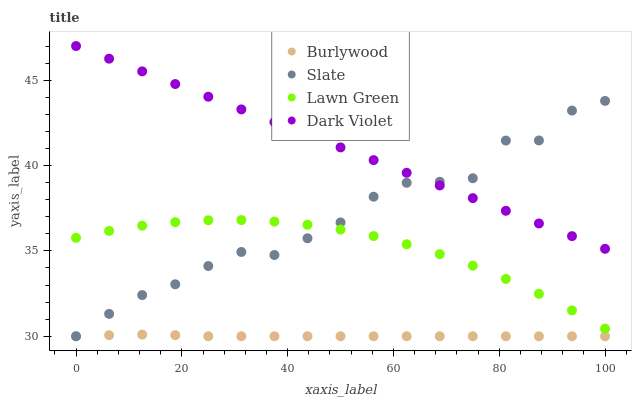
| xaxis_label | Burlywood | Slate | Lawn Green | Dark Violet |
 | --- | --- | --- | --- | --- |
 | 0 | 30 | 30 | 35.8 | 47 |
 | 6.25 | 30.1 | 31.3 | 36.2 | 46.3 |
 | 12.5 | 30.1 | 32.4 | 36.5 | 45.5 |
 | 18.8 | 30.1 | 33 | 36.7 | 44.8 |
 | 25 | 30 | 34.1 | 36.8 | 44 |
 | 31.2 | 30 | 34.9 | 36.8 | 43.3 |
 | 37.5 | 30 | 34.8 | 36.7 | 42.5 |
 | 43.8 | 30 | 35.7 | 36.5 | 41.8 |
 | 50 | 30 | 36.7 | 36.2 | 41.1 |
 | 56.2 | 30 | 38.2 | 35.9 | 40.3 |
 | 62.5 | 30 | 39 | 35.4 | 39.6 |
 | 68.8 | 30 | 39 | 34.8 | 38.8 |
 | 75 | 30 | 39.3 | 34.1 | 38.1 |
 | 81.2 | 30 | 41.5 | 33.4 | 37.3 |
 | 87.5 | 30 | 41.5 | 32.5 | 36.6 |
 | 93.8 | 30 | 43.2 | 31.5 | 35.9 |
 | 100 | 30 | 43.8 | 30.4 | 35.1 |